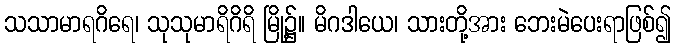
သသာမာရဂိရေ၊ သုသုမာရိဂိရိ မြို့၌။ မိဂဒါယေ၊ သားတို့အား ဘေးမဲပေးရာဖြစ်၍